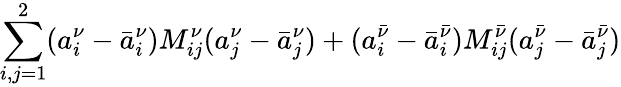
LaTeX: \sum_{i,j=1}^{2}(a_{i}^{\nu}-\bar{a}_{i}^{\nu})M_{ij}^{\nu}(a_{j}^{\nu}-\bar{a}_{j}^{\nu})+(a_{i}^{\bar{\nu}}-\bar{a}_{i}^{\bar{\nu}})M_{ij}^{\bar{\nu}}(a_{j}^{\bar{\nu}}-\bar{a}_{j}^{\bar{\nu}})